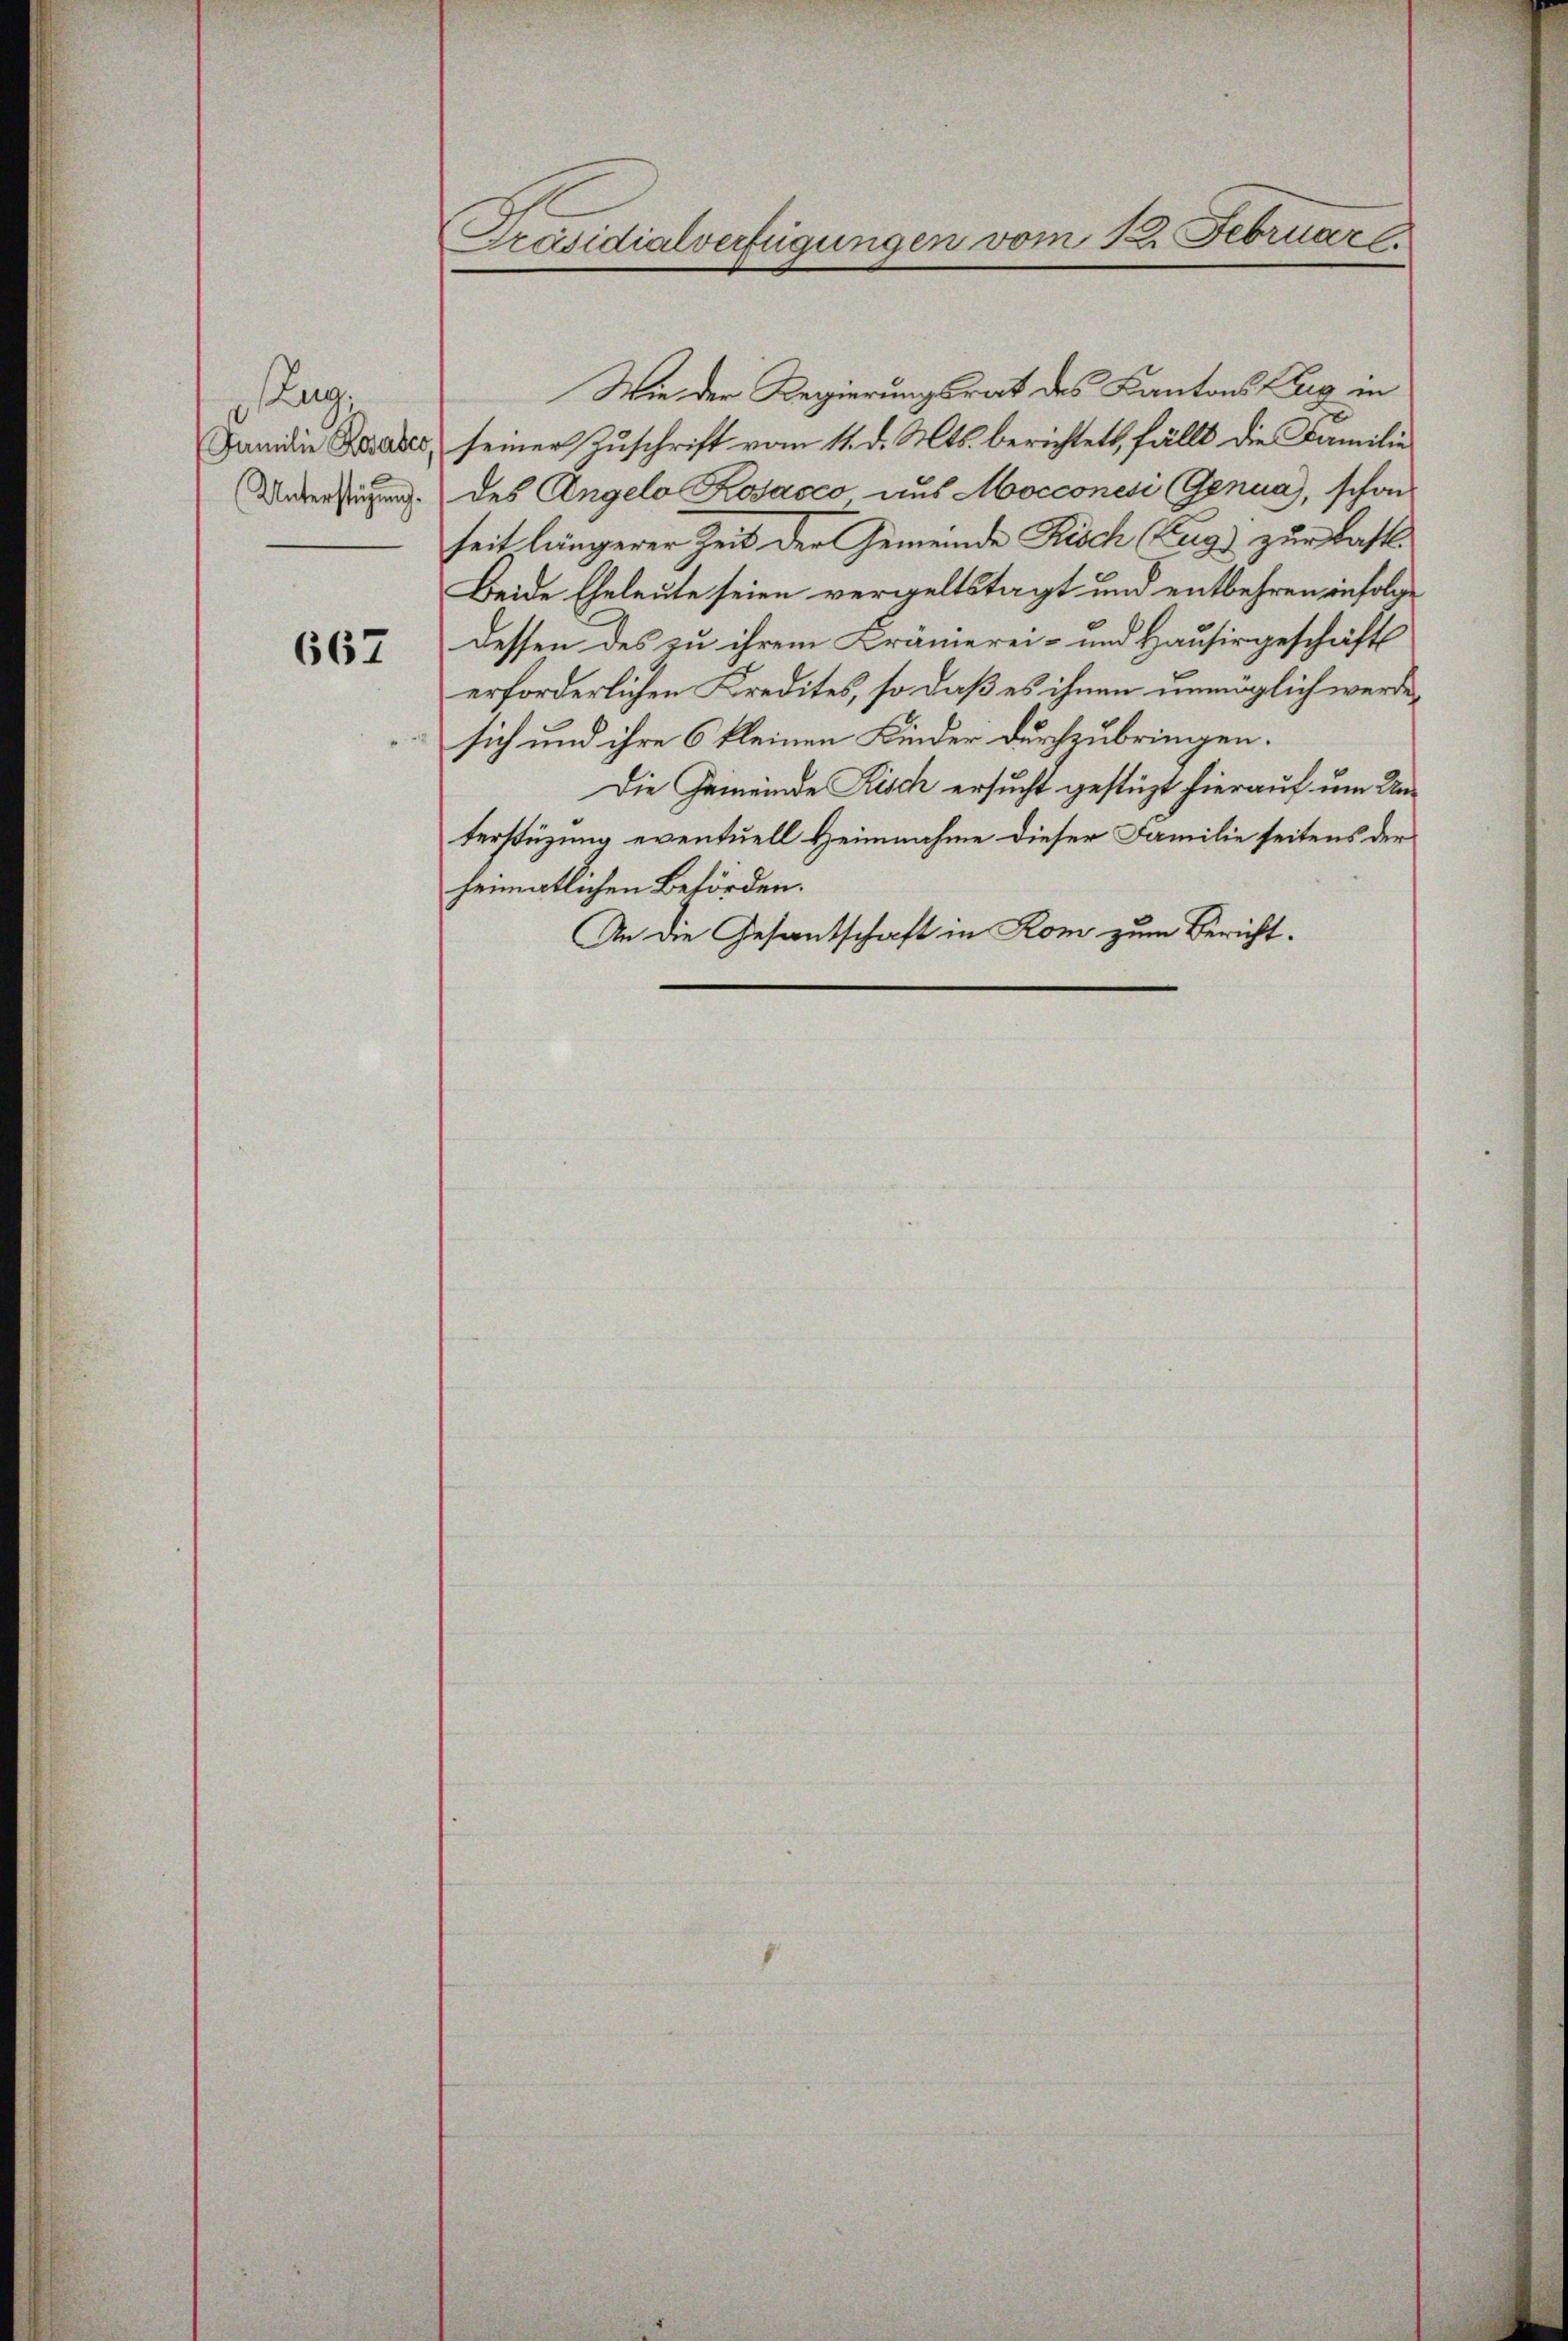
Zug;

667

Wie der Regierungsrat des Kantons lag in
Janidie Berates, seiner Zuschrift vom 11. d. Mts. berichtet, fällt die Familie
Unterstigung des Angelo Kosacco aus Mocconesi Genua, schon
seit längerer Zeit der Gemeinde Risch Zug zur Kast¬
Beide Eheleute seien vergeltstagt und entbehren infolge
dessen des zu ihrem Brämierei- und Hausirgeschäfts
erforderlichen Kredites, so daß es ihnen unmöglich werde,
sich und ihre 6 kleinen Kinder durchzubringen.
Die Gemeinde Fisch ersucht gestüzt hierauf um Unterstüzung eventuell Heimnahme dieser Familie seitens der
heimatlichen Beförden.
An die Gesandschaft in Rom zum Bericht.

Präsidialverfügungen vom 12. Februar l